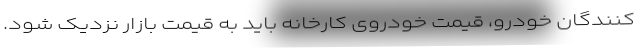
کنندگان خودرو، قیمت خودروی کارخانه باید به قیمت بازار نزدیک شود.